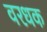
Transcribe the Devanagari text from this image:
वरधक